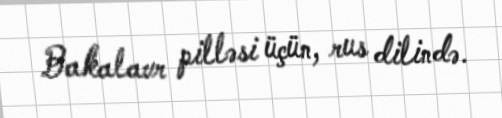
Bakalavr pilləsi üçün, rus dilində.